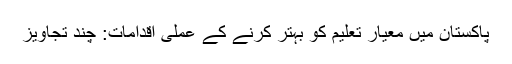
پاکستان میں معیار تعلیم کو بہتر کرنے کے عملی اقدامات: چند تجاویز